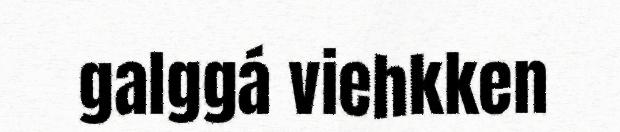
galggá viehkken